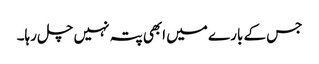
جس کے بارے میں ابھی پتہ نہیں چل رہا۔